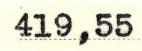
419,55